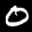
Label: 0